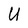
Character: U